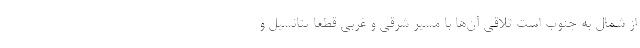
از شمال به جنوب است تلاقی آن‌ها با مسیر شرقی و غربی قطعا پتانسیل و